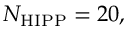
N _ { \mathrm { H I P P } } = 2 0 ,